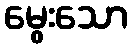
မွေးသော